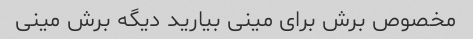
مخصوص برش برای مینی بیارید دیگه برش مینی